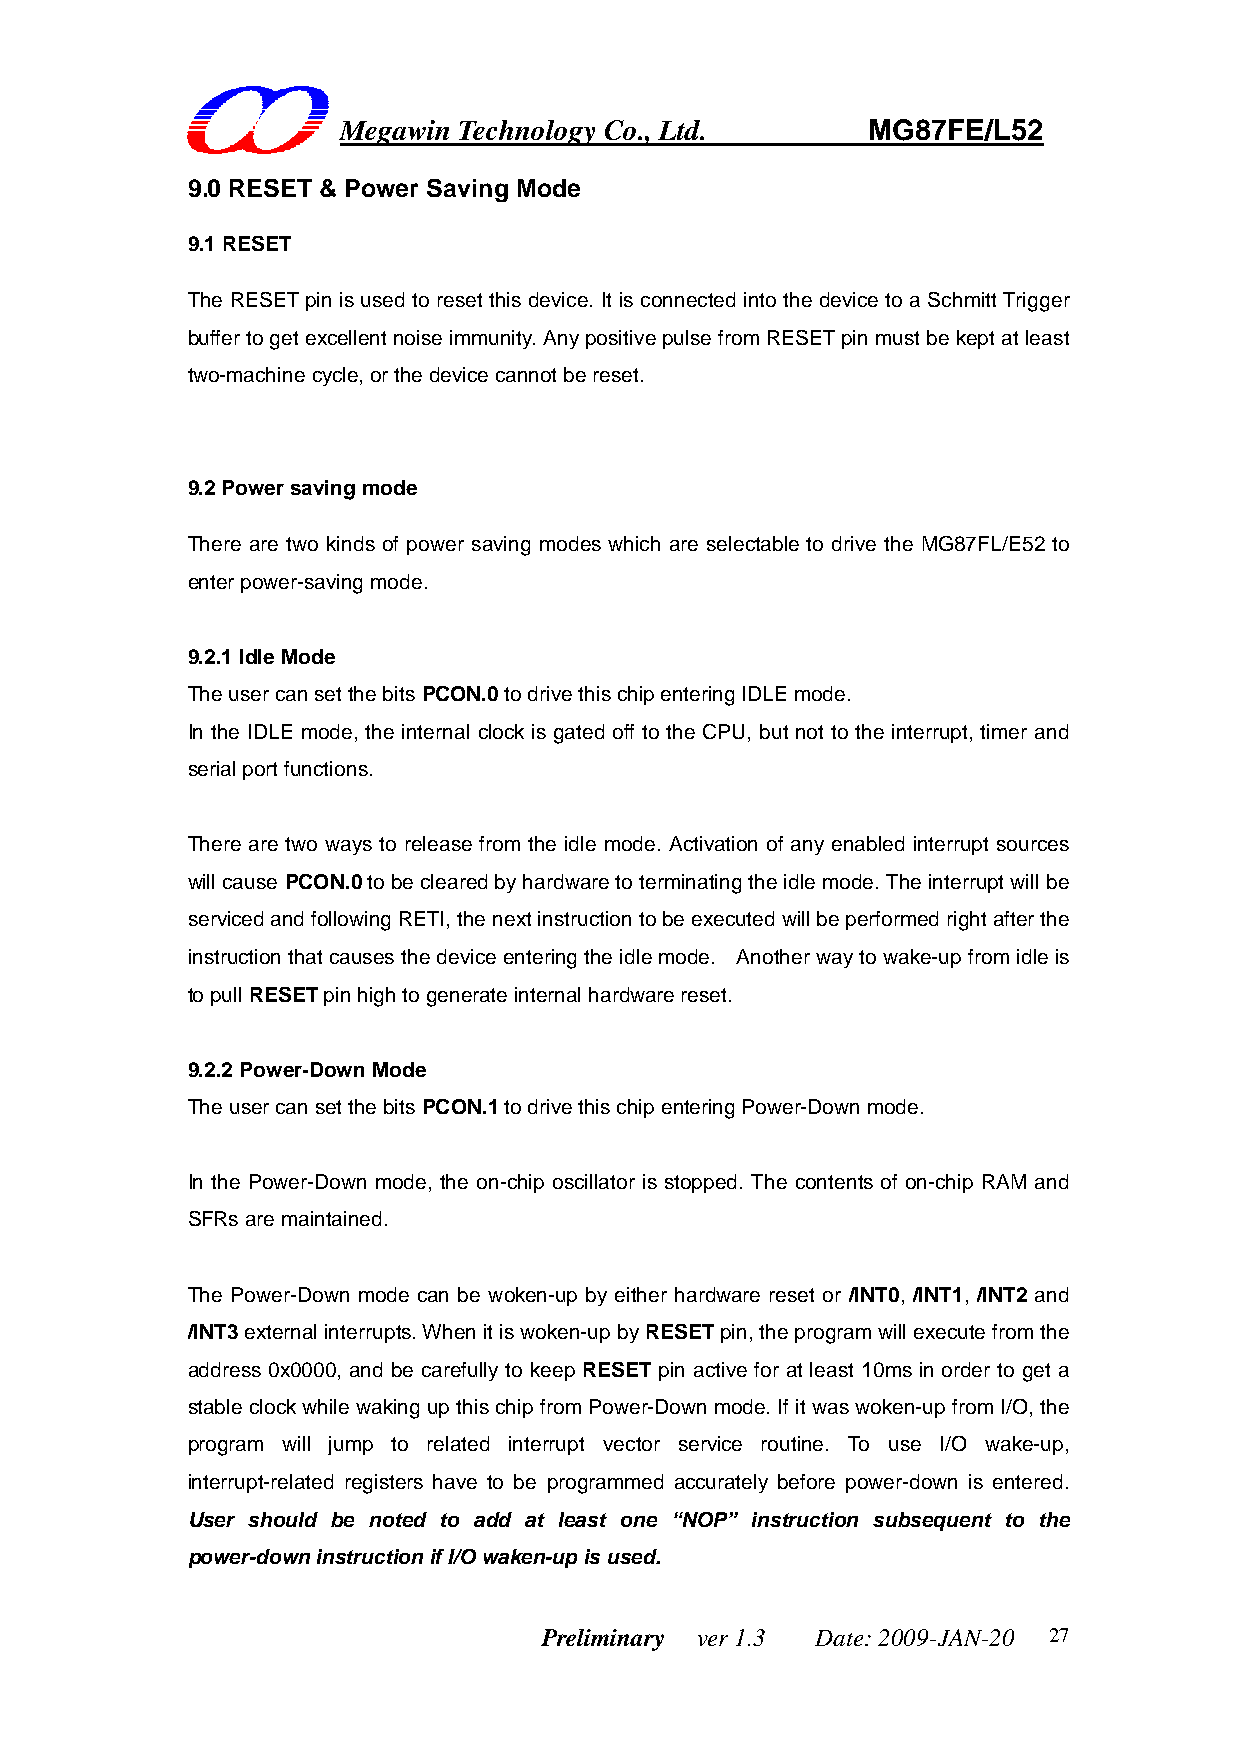
Megawin Technology Co., Ltd.       MG87FE/L52
 9.0 RESET & Power Saving Mode
 9.1 RESET
 The RESET pin is used to reset this device. It is connected into the device to a Schmitt Trigger
 buffer to get excellent noise immunity. Any positive pulse from RESET pin must be kept at least
 two-machine cycle, or the device cannot be reset.
 9.2 Power saving mode
 There are two kinds of power saving modes which are selectable to drive the MG87FL/E52 to
 enter power-saving mode.
 9.2.1 Idle Mode
 The user can set the bits PCON.0 to drive this chip entering IDLE mode.
 In the IDLE mode, the internal clock is gated off to the CPU, but not to the interrupt, timer and
 serial port functions.
 There are two ways to release from the idle mode. Activation of any enabled interrupt sources
 will cause PCON.0 to be cleared by hardware to terminating the idle mode. The interrupt will be
 serviced and following RETI, the next instruction to be executed will be performed right after the
 instruction that causes the device entering the idle mode. Another way to wake-up from idle is
 to pull RESET pin high to generate internal hardware reset.
 9.2.2 Power-Down Mode
 The user can set the bits PCON.1 to drive this chip entering Power-Down mode.
 In the Power-Down mode, the on-chip oscillator is stopped. The contents of on-chip RAM and
 SFRs are maintained.
 The Power-Down mode can be woken-up by either hardware reset or /INT0, /INT1, /INT2 and
 /INT3 external interrupts. When it is woken-up by RESET pin, the program will execute from the
 address 0x0000, and be carefully to keep RESET pin active for at least 10ms in order to get a
 stable clock while waking up this chip from Power-Down mode. If it was woken-up from I/O, the
 program will jump to related interrupt vector service routine. To use I/O wake-up,
 interrupt-related registers have to be programmed accurately before power-down is entered.
 User should be noted to add at least one “NOP” instruction subsequent to the
 power-down instruction if I/O waken-up is used.
 Preliminary ver 1.3 Date: 2009-JAN-20 27